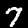
Digit: 7